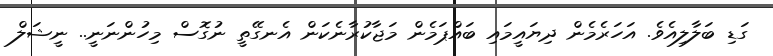
ގަޑި ބަލާލިއެވެ. އަހަރެމެން ދިޔައީމައި ބައްޕަމެން މަޖާކުރާނެކަން އެނގޭތީ ނުގޮސް މިހުންނަނީ.. ނީޝަލް